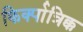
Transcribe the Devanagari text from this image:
किर्क्पात्रिक्क